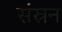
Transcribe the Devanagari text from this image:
संस्रन